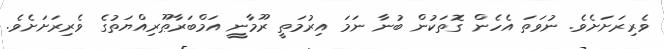
ވެރިރަށަށެވެ. ނުވަތަ އެހެން ގޮތަކުން ބުނާ ނަމަ އިރުމަތީ ރޫމާނީ އަމްބަރާޠޫރިއްޔަތުގެ ވެރިރަށަށެވެ.